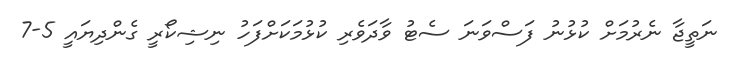
ނަތީޖާ ނެރުމަށް ކުޅުނު ފަސްވަނަ ސެޓު ވާދަވެރި ކުޅުމަކަށްފަހު ނިޝިކޯރީ ގެންދިޔައީ 5-7